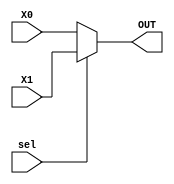
module mux_n
	#(	parameter		DATA_WIDTH = 4)
	(	input		wire	sel,
		input		wire	[DATA_WIDTH-1:0]	X0,
		input		wire	[DATA_WIDTH-1:0]	X1,
		output	wire	[DATA_WIDTH-1:0]	OUT
	);
	
	assign	OUT	=	sel ?	X1	:	X0;
	
endmodule